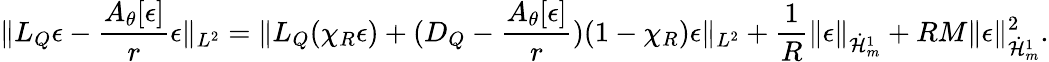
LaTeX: \| L_{Q}\epsilon-\frac{A_{\theta}[\epsilon]}{r}\epsilon\| _{L^{2}}=\| L_{Q}(\chi_{R}\epsilon)+(D_{Q}-\frac{A_{\theta}[\epsilon]}{r})(1-\chi_{R})\epsilon\| _{L^{2}}+\frac{1}{R}\| \epsilon\| _{\dot{\mathcal H}_{m}^{1}}+RM\| \epsilon\| _{\dot{\mathcal H}_{m}^{1}}^{2}.